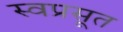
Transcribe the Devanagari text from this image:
स्वप्रसूत